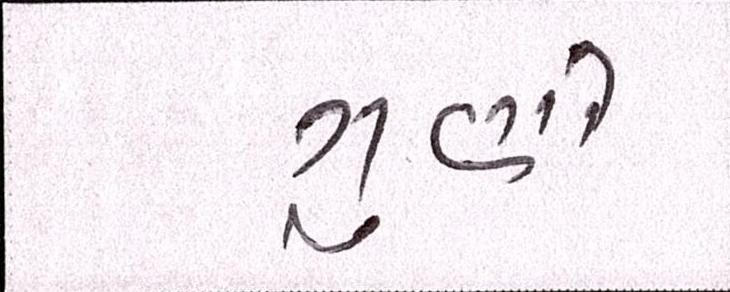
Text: ગુણો